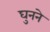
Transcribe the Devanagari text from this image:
घुनने